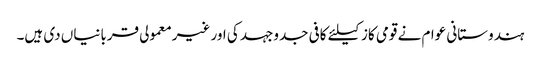
ہندوستانی عوام نے قومی کاز کیلئے کافی جدوجہد کی اور غیرمعمولی قربانیاں دی ہیں۔